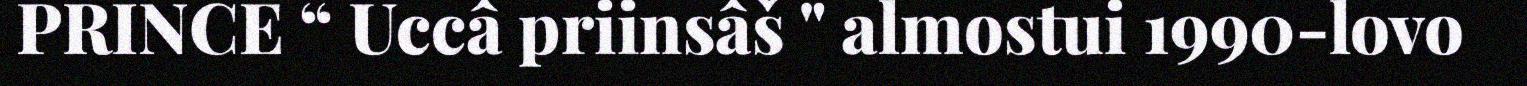
PRINCE “ Uccâ priinsâš " almostui 1990-lovo